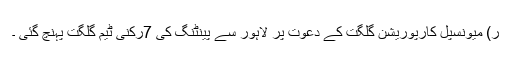
ر) میونسپل کارپوریشن گلگت کے دعوت پر لاہور سے پینٹنگ کی 7رکنی ٹیم گلگت پہنچ گئی ۔